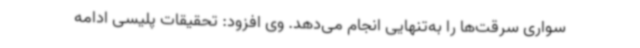
سواری سرقت‌ها را به‌تنهایی انجام می‌دهد. وی افزود: تحقیقات پلیسی ادامه